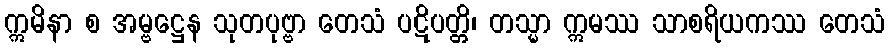
ဣမိနာ စ အမ္ဗဋ္ဌေန သုတပုဗ္ဗာ တေသံ ပဋိပတ္တိ၊ တသ္မာ ဣမဿ သာစရိယကဿ တေသံ